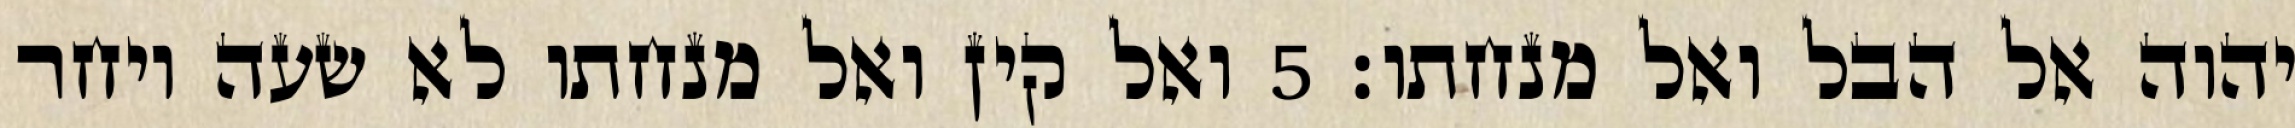
יהוה אל הבל ואל מנחתו׃ ‎5‏ ואל קין ואל מנחתו לא שעה ויחר